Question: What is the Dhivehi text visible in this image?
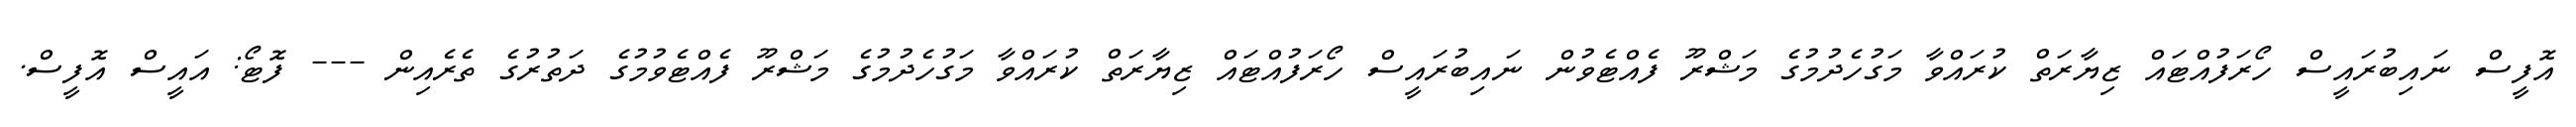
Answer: އޮފީސް ނައިބުރައީސް ހޯރަފުއްޓައް ޒިޔާރަތް ކުރައްވާ މަގުހެދުމުގެ މަޝްރޫ ފެއްޓެވުން ނައިބުރައީސް ހޯރަފުއްޓައް ޒިޔާރަތް ކުރައްވާ މަގުހެދުމުގެ މަޝްރޫ ފެއްޓެވުމުގެ ދަތުރުގެ ތެރެއިން --- ފޮޓޯ: އައީސް އޮފީސް.